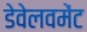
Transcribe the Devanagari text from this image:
डेवेलवमेंट